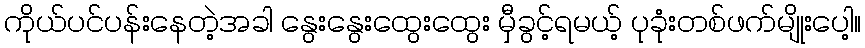
ကိုယ်ပင်ပန်းနေတဲ့အခါ နွေးနွေးထွေးထွေး မှီခွင့်ရမယ့် ပုခုံးတစ်ဖက်မျိုးပေါ့။